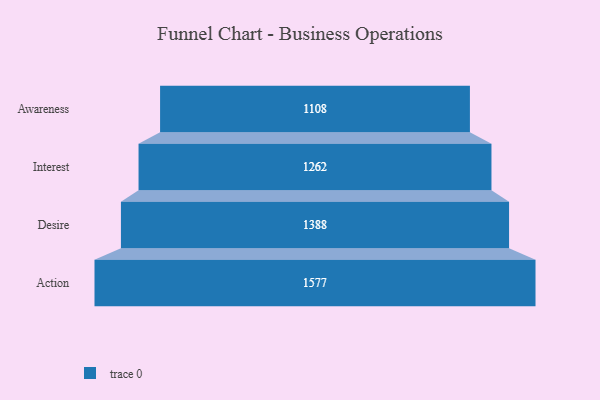
{"axis": {"x": "Stage", "y": "Value"}, "legend": [""], "data": [{"x": "Awareness", "y": 1108.0, "type": ""}, {"x": "Interest", "y": 1262.0, "type": ""}, {"x": "Desire", "y": 1388.0, "type": ""}, {"x": "Action", "y": 1577.0, "type": ""}]}